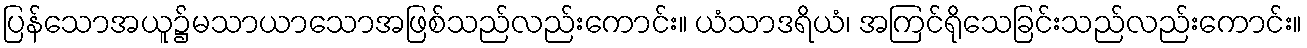
ပြန်သောအယူ၌မသာယာသောအဖြစ်သည်လည်းကောင်း။ ယံသာဒရိယံ၊ အကြင်ရိုသေခြင်းသည်လည်းကောင်း။